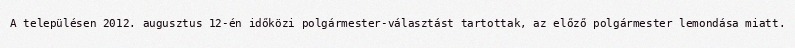
A településen 2012. augusztus 12-én időközi polgármester-választást tartottak, az előző polgármester lemondása miatt.